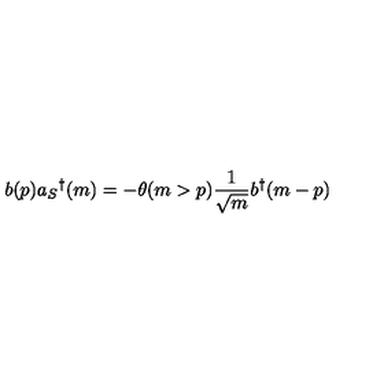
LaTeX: b ( p ) a _ { S } { } ^ { \dag } ( m ) = - \theta ( m > p ) \frac { 1 } { \sqrt { m } } b ^ { \dag } ( m - p )